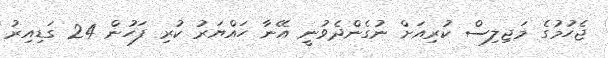
ޖެހުމުގެ މަޖިލިސް ކުރިއަށް ނުގެންދެވުނީ އޭނާ ހައްޔަރު ކުރި ފަހުން 24 ގަޑިއިރު